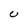
Character: U